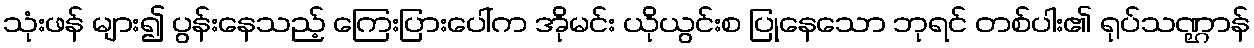
သုံးဖန် များ၍ ပွန်းနေသည့် ကြေးပြားပေါ်က အိုမင်း ယိုယွင်းစ ပြုနေသော ဘုရင် တစ်ပါး၏ ရုပ်သဏ္ဌာန်